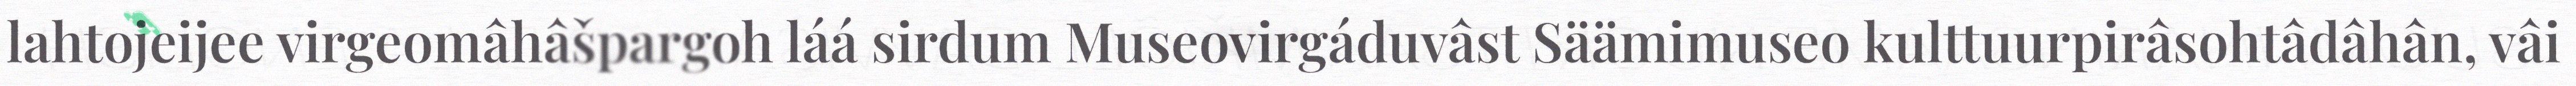
lahtojeijee virgeomâhâšpargoh láá sirdum Museovirgáduvâst Säämimuseo kulttuurpirâsohtâdâhân, vâi